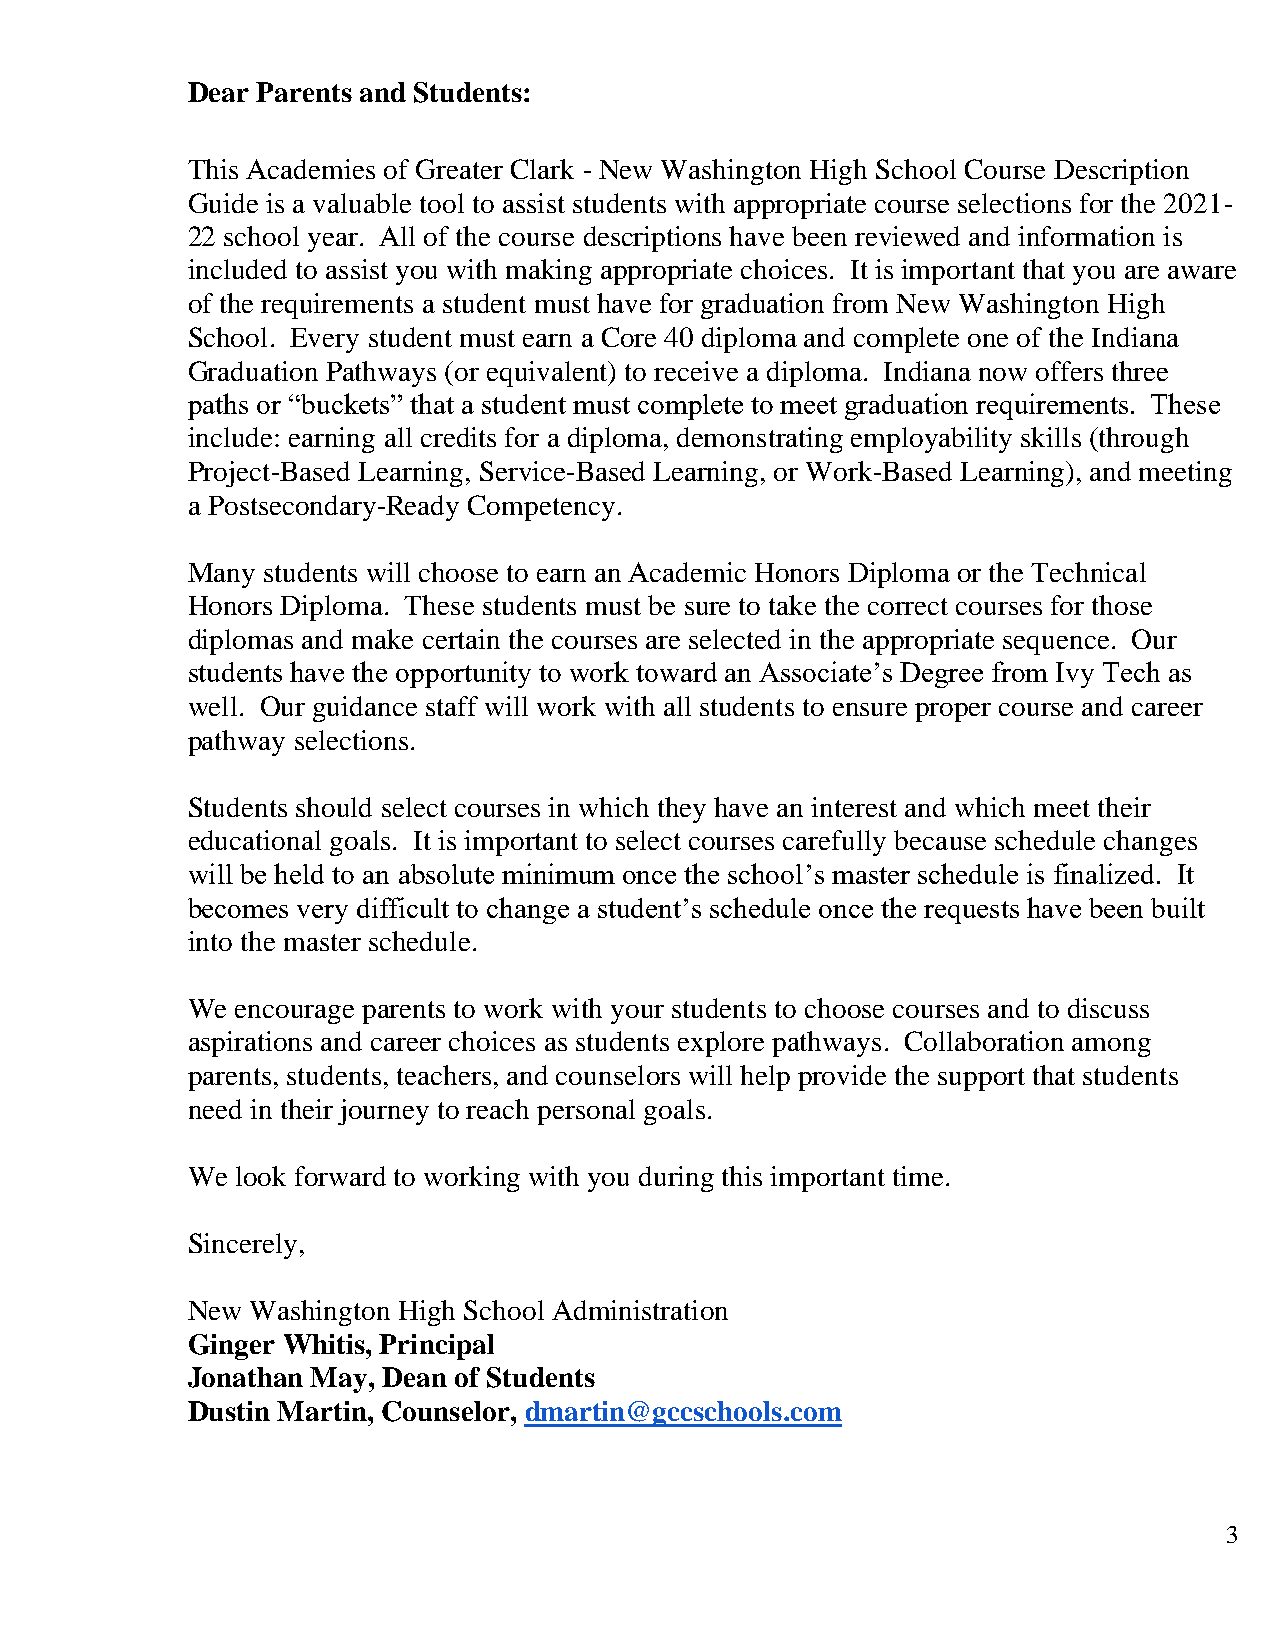
Dear Parents and Students:
 This Academies of Greater Clark - New Washington High School Course Description
 Guide is a valuable tool to assist students with appropriate course selections for the 2021-
 22 school year. All of the course descriptions have been reviewed and information is
 included to assist you with making appropriate choices. It is important that you are aware
 of the requirements a student must have for graduation from New Washington High
 School. Every student must earn a Core 40 diploma and complete one of the Indiana
 Graduation Pathways (or equivalent) to receive a diploma. Indiana now offers three
 paths or “buckets” that a student must complete to meet graduation requirements. These
 include: earning all credits for a diploma, demonstrating employability skills (through
 Project-Based Learning, Service-Based Learning, or Work-Based Learning), and meeting
 a Postsecondary-Ready Competency.
 Many students will choose to earn an Academic Honors Diploma or the Technical
 Honors Diploma. These students must be sure to take the correct courses for those
 diplomas and make certain the courses are selected in the appropriate sequence. Our
 students have the opportunity to work toward an Associate’s Degree from Ivy Tech as
 well. Our guidance staff will work with all students to ensure proper course and career
 pathway selections.
 Students should select courses in which they have an interest and which meet their
 educational goals. It is important to select courses carefully because schedule changes
 will be held to an absolute minimum once the school’s master schedule is finalized. It
 becomes very difficult to change a student’s schedule once the requests have been built
 into the master schedule.
 We  encourage parents to work with your students to choose courses and to discuss
 aspirations and career choices as students explore pathways. Collaboration among
 parents, students, teachers, and counselors will help provide the support that students
 need in their journey to reach personal goals.
 We  look forward to working with you during this important time.
 Sincerely,
 New  Washington High School Administration
 Ginger Whitis, Principal
 Jonathan May, Dean of Students
 Dustin Martin, Counselor, dmartin@gccschools.com
 3